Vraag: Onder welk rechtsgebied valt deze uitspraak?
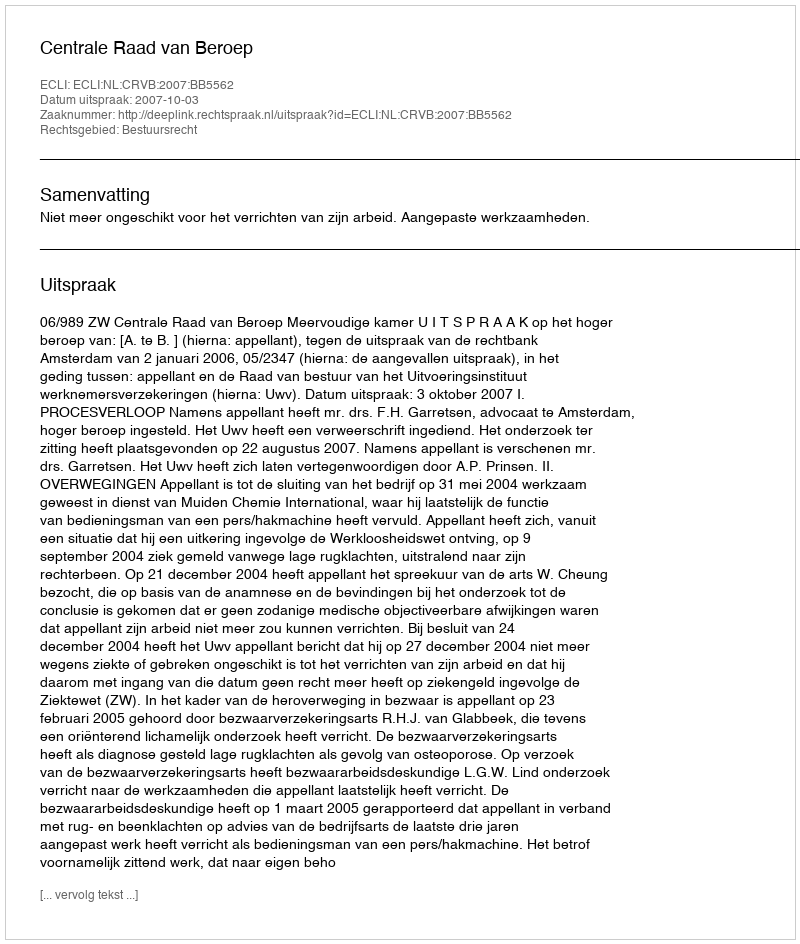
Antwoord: Bestuursrecht